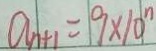
a _ { n + 1 } = 9 \times 1 0 ^ { n }